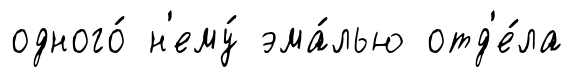
одного́ н'ему́ эма́лью отд'е́ла